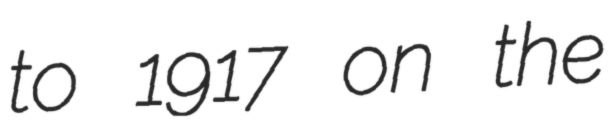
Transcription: to 1917 on the